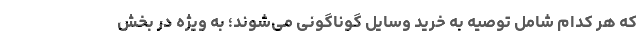
که هر کدام شامل توصیه به خرید وسایل گوناگونی می‌شوند؛ به ویژه در بخش